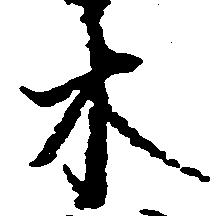
木